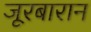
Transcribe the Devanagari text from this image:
जूरबारान